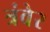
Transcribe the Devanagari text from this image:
त्रंवेर